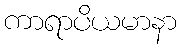
ကာရာပိယမာနာ